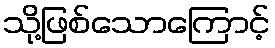
သို့ဖြစ်သောကြောင့်